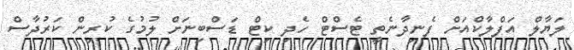
ލަޔާލް އަފްލާކްއަށް ފެނިދާނެތީ ޓެސްޓް ހެދި ކިޓް ޑަސްބިނަށް ލުމުގެ ކުރިން ކަރުދާސް